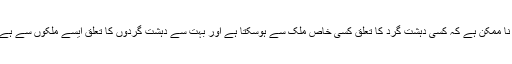
وہ کہتے ہیں کہ یہ پیش گوئی کرنا نا ممکن ہے کہ کسی دہشت گرد کا تعلق کسی خاص ملک سے ہوسکتا ہے اور بہت سے دہشت گردوں کا تعلق ایسے ملکوں سے ہے جو اس فہرست میں شامل نہیں ہیں۔